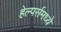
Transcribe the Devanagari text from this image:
हेल्पर्समध्ये